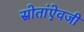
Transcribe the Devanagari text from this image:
स्रोतांऐवजी